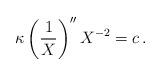
LaTeX: \begin{align*}\kappa \left( \frac{1}{X} \right)'' X^{-2}=c\, .\end{align*}